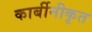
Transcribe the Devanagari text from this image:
कार्बीनीकृत